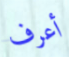
أعرف